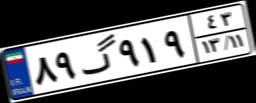
۰۲گ۲۲۶۸۷